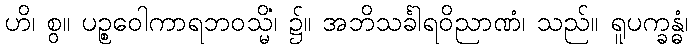
ဟိ၊ စွ။ ပဉ္စဝေါကာရဘဝသ္မိံ၊ ၌။ အဘိသင်္ခါရဝိညာဏံ၊ သည်။ ရူပက္ခန္ဓံ၊